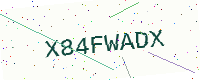
Text: X84FWADX